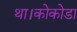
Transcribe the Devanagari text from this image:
था।कोकोडा